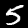
Digit: 5